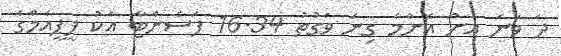
ދެ ވަނަ އަށް އެންމެ ގިނަ ވަގުތު 16.34 ޕަސެންޓާ އެކު ޕީޕީއެމްގެ